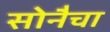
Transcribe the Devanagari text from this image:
सोनैचा